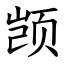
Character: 𫖮